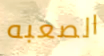
الصعبه